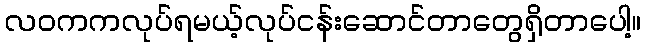
လဝကကလုပ်ရမယ့်လုပ်ငန်းဆောင်တာတွေရှိတာပေါ့။